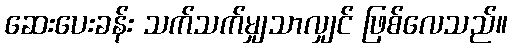
ဆေးပေးခန်း သက်သက်မျှသာလျှင် ဖြစ်လေသည်။